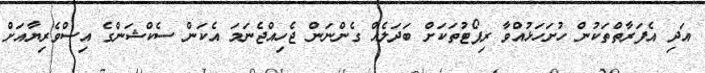
އަދި އެފަރާތްތަކުން ހުށަހަޅުއްވާ ރިޕޯޓުތަކަށް ބަދަލެއް ގެންނަން ޖެހިއްޖެނަމަ އެކަން ސެކްޝަންގެ އިސްވެރިޔާއަށް